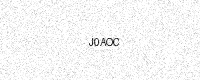
Text: J0AOC